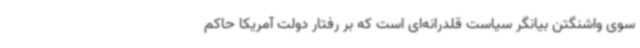
سوی واشنگتن بیانگر سیاست قلدرانه‌ای است که بر رفتار دولت آمریکا حاکم